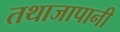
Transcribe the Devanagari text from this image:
तथाजापानी